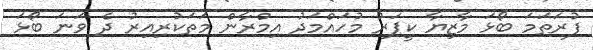
ފުރަތަމަ ބޯޅަ މާޒިޔާ ކީޕަރު މުހައްމަދު އިމްރާން މަތަކުރިއިރު ދެ ވަނަ ބޯޅަ